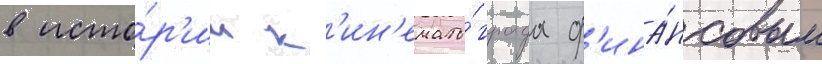
в исто́р'ии к'ин'емато́графа ф'ина́нсовым